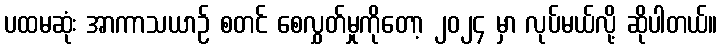
ပထမဆုံး အာကာသယာဉ် စတင် စေလွှတ်မှုကိုတော့ ၂၀၂၄ မှာ လုပ်မယ်လို့ ဆိုပါတယ်။